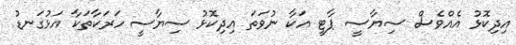
އިދިކޮޅު އެއްވެސް ސިޔާސީ ޕާޓީ އަކާ ނުވަތަ އިދިކޮޅު ސިޔާސީ ހަރަކާތަކާ އަޅުގަނޑު